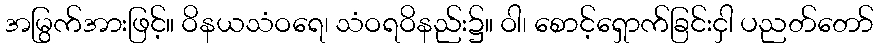
အမြွက်အားဖြင့်။ ဝိနယသံဝရေ၊ သံဝရဝိနည်း၌။ ဝါ၊ စောင့်ရှောက်ခြင်းငှါ ပညတ်တော်